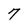
Character: 7